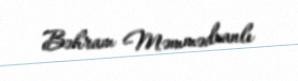
Bəhram Məmmədxanlı